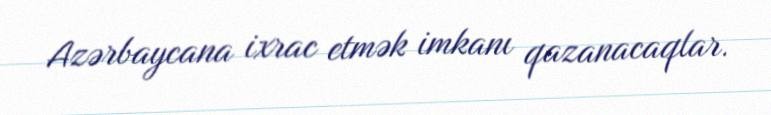
Azərbaycana ixrac etmək imkanı qazanacaqlar.